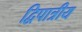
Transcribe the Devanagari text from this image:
द्विपात्रीय